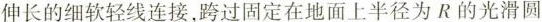
伸长的细软轻线连接，跨过固定在地面上半径为R的光滑圆